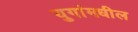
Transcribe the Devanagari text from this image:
युगांमधील